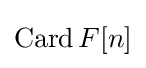
\operatorname {Card} F[n]